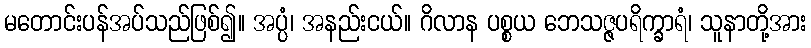
မတောင်းပန်အပ်သည်ဖြစ်၍။ အပ္ပံ၊ အနည်းငယ်။ ဂိလာန ပစ္စယ ဘေသဇ္ဇပရိက္ခာရံ၊ သူနာတို့အား